Vaccination report Assam 1896-1927 - 1896-1927
Year: 1896
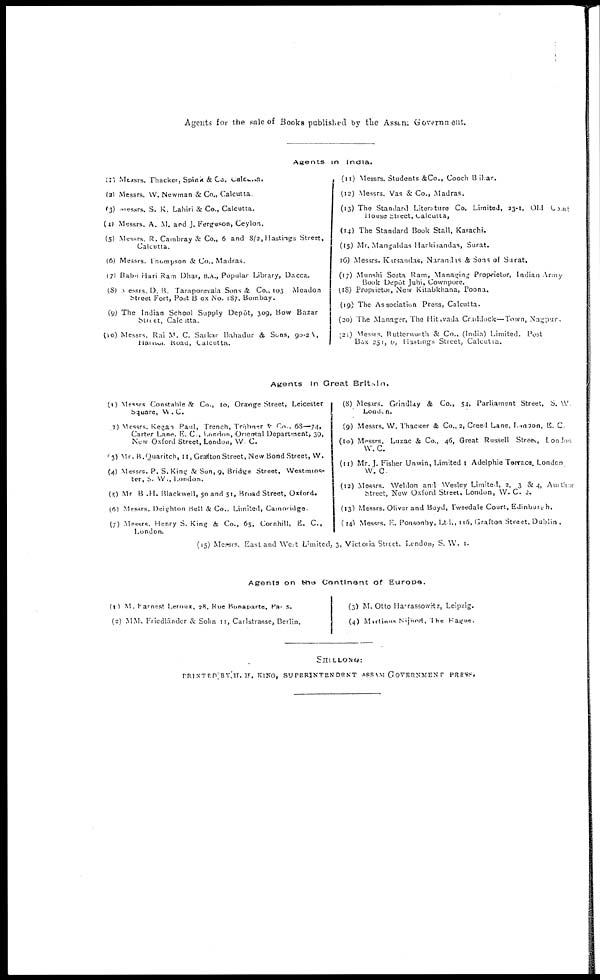
Agents for the sale of Books published by the Assam Government.
Agents in India.
(1) Messrs. Thacker, Spink & Co. Calcutta.
(2) Messrs. W. Newman & Co., Calcutta
(3) Messrs. S. K. Lahiri & Co., Calcutta.
(4) Messrs. A. M. and J. Ferguson, Ceylon.
(5) Messrs R. Cambray & Co., 6 and 8/2, Hastings Street,
Calcutta.
(6) Messrs. Thompson & Co., Madras.
(7) Babu Hari Ram Dhar, B.A., Popular Library, Dacca.
(8) Messrs. D. B. Taraporevala Sons & Co., 103 Meadon
Street Fort, Post Box No. 187. Bombay.
(9) The Indian School Supply Depôt, 309, Bow Bazar
Street, Calcutta.
(10) Messrs. Rai M. C. Sarkar Bahadur & Sons, 90-2 A,
Harison Road, Calcutta.
(11) Messrs. Students &Co., Cooch Bihar.
(12) Messrs. Vas & Co., Madras.
(13) The Standard Literature Co. Limited, 23-1, Old Court
House Street, Calcutta,
(14) The Standard Book Stall, Karachi.
(15) Mr. Mangaldas Harkisandas, Surat.
(16) Messrs. Kirsandas, Narandas & Sons of Surat.
(17) Munshi Seeta Ram, Managing Proprietor, Indian Army
Book Depôt Juhi, Cownpore.
(18) Proprietor, New Kitabkhana, Poona.
(19) The Association Press, Calcutta.
(20) The Manager, The Hitavada Craddock—Town, Nagpur
(21) Messrs. Butterworth & Co., (India) Limited
Post
Box 251, 6, Hastings Street, Calcutta.
Agents In Great Britain.
(1) Messrs Constable & Co., 10, Orange Street, Leicester
Square, W. C.
(2) Messrs. Kegan Paul, Trench, Trübner & Co., 68—74,
Carter Lane, E. C., London, Oriental Department, 39,
New Oxford Street, London, W. C.
(3) Mr. R.Quaritch, 11, Grafton Street, New Bond Street, W.
(4) Messrs. P. S.King & Son, 9, Bridge Street, Westmins-
ter, S. W., London.
(5) Mr B .H. Blackwell, 50 and 51, Broad Street, Oxford.
(6) Messrs. Deighton Bell & Co., Limited, Cambridge
(7) Messrs. Henry S. King & Co., 65, Cornhill, E. C.,
London.
(8) Messrs. Grindlay & Co., 54, Parliament Street, S. W.
London.
(9) Messrs. W. Thacker & Co., 2, Creed Lane, London, E. C.
(10) Messrs. Luzac & Co., 46, Great Russell Street, London
W. C.
(11) Mr. J. Fisher Unwin, Limited 1 Adelphie Terrace, London
W. C.
(12) Messrs. Weldon and Wesley Limited, 2, 3 & 4, Authur
Street, New Oxford Street, London, W. C. 2.
(13) Messrs. Oliver and Boyd, Tweedale Court, Edinburgh.
(14) Messrs. F. Ponsonby, Ltd., 116, Grafton Street, Dublin .
(15) Messrs East and West Limited, 3, Victoria Street, London, S. W. I.
Agents on the Continent of Europe.
(1) M Farnest Leroux, 28, Rue Bonaparte, Paris.
(2) MM. Friedlānder & Sohn 11, Carlstrasse, Berlin.
(3) M. Otto Harrassowitz, Leipzig.
(4) Martiaus Nijnoff, The Hague.
SHILLONG :
PRINTED BY H. H. KING, SUPERINTENDENT ASSAM GOVERNMENT PRESS.